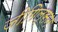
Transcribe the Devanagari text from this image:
जीगिल्सन